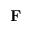
\mathbf F